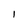
Character: I